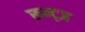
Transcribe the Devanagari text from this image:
रून्ट्ज़